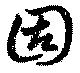
固